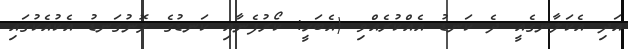
އަދި އެކަލާނގެއީ ދެ ކަނޑު އެއްކުރެއްވި (އެބަހީ: ކޯރުފެނާއި ކަނޑުގެ ލޮނުގަނޑު އެކުއެކުގައި